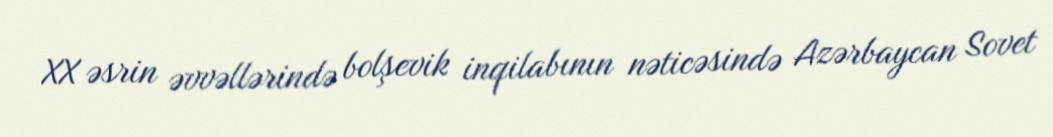
XX əsrin əvvəllərində bolşevik inqilabının nəticəsində Azərbaycan Sovet